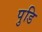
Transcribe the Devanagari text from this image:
पुडि